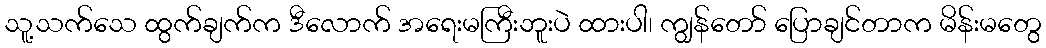
သူ့သက်သေ ထွက်ချက်က ဒီလောက် အရေးမကြီးဘူးပဲ ထားပါ၊ ကျွန်တော် ပြောချင်တာက မိန်းမတွေ